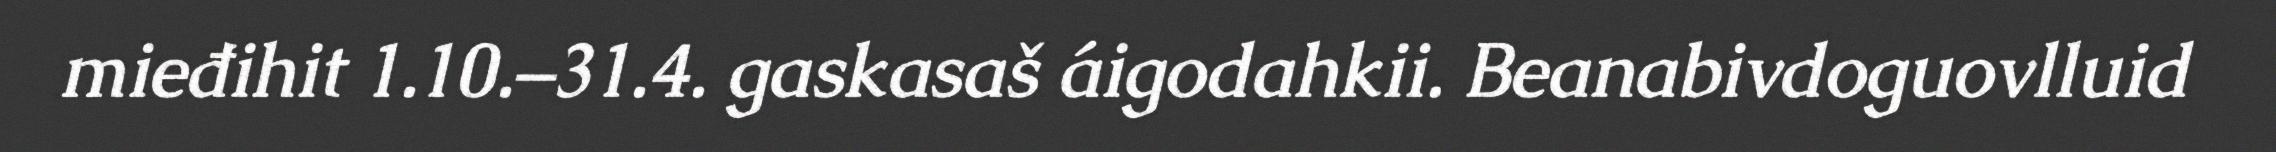
mieđihit 1.10.–31.4. gaskasaš áigodahkii. Beanabivdoguovlluid